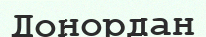
Донордан